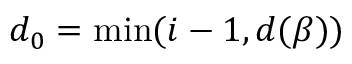
d _ { 0 } = \operatorname* { m i n } ( i - 1 , d ( \beta ) )